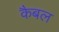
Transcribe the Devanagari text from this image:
कैबल